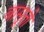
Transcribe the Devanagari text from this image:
बासूतो